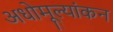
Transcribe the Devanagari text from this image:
अधोमूल्यांकन